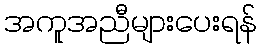
အကူအညီများပေးရန်